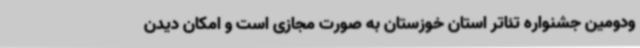
ودومین جشنواره تئاتر استان خوزستان به صورت مجازی است و امکان دیدن